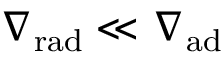
\ensuremath { \nabla _ { \mathrm { { r a d } } } } \ll \ensuremath { \nabla _ { \mathrm { { a d } } } }